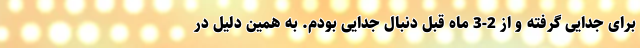
برای جدایی گرفته و از 2-3 ماه قبل دنبال جدایی بودم. به همین دلیل در